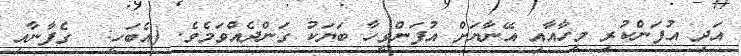
އަދި އުފަންކުރި މީހާއާއި އޭނާޔަށް އުފަންވީހާ ބަޔަކު ގަންދެއްވަމެވެ. (އެބަހީ:  ގެފާނާއި